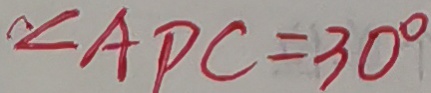
\angle A D C = 3 0 ^ { \circ }